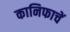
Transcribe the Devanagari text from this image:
कानिफाचें